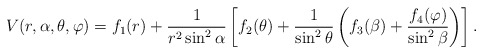
\begin{align*}V(r,\alpha,\theta ,\varphi )=f_{1}(r)+\frac{1}{r^{2}\sin ^{2}\alpha } \left[f_{2}(\theta )+\frac{1}{\sin^2 \theta} \left( f_{3}(\beta ) + \frac{f_{4}(\varphi )}{\sin ^{2}\beta } \right) \right].\end{align*}